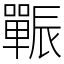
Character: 辴